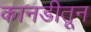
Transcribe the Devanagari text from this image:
कानडीतून